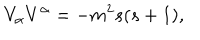
LaTeX: V _ { \alpha } V ^ { \alpha } = - m ^ { 2 } s ( s + 1 ) ,